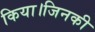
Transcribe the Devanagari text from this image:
किया।जिनकी